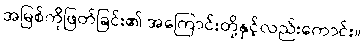
အမြစ်ကိုဖြတ်ခြင်း၏ အကြောင်းတို့နှင့်လည်းကောင်း။